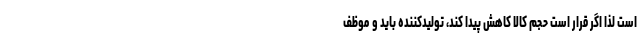
است لذا اگر قرار است حجم کالا کاهش پیدا کند، تولیدکننده باید و موظف